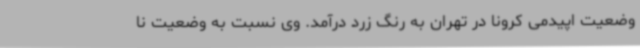
وضعیت اپیدمی کرونا در تهران به رنگ زرد درآمد. وی نسبت به وضعیت نا